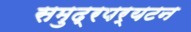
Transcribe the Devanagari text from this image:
समुद्रपर्यटन